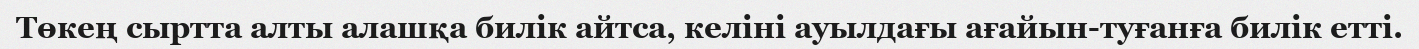
Төкең сыртта алты алашқа билік айтса, келіні ауылдағы ағайын-туғанға билік етті.